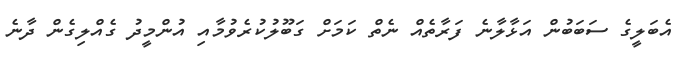
އެބަލީގެ ސަބަބުން އަޅާލާނެ ފަރާތެއް ނެތް ކަމަށް ގަބޫލުކުރެވުމާއި އުންމީދު ގެއްލިގެން ދާނެ